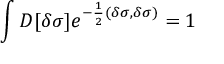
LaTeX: \int { \cal D } [ \delta \sigma ] e ^ { - \frac { 1 } { 2 } ( \delta \sigma , \delta \sigma ) } = 1